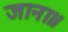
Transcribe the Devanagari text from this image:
जाना॥